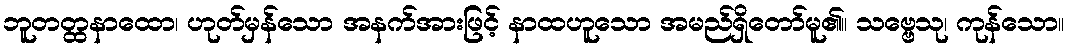
ဘူတတ္ထနာထော၊ ဟုတ်မှန်သော အနက်အားဖြင့် နာထဟူသော အမည်ရှိတော်မူ၏။ သဗ္ဗေသု၊ ကုန်သော။